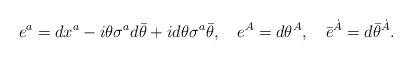
\begin{align*}e^a= dx^a-i\theta\sigma^a d\bar\theta+id\theta\sigma^a\bar\theta, \quad e^A=d\theta^A,\quad \bar e^{\dot A}=d\bar\theta^{\dot A}.\end{align*}